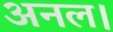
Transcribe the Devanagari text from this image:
अनल।